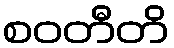
စဝတီတိ